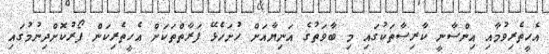
އެހީތެރިވުމާއި އިންސާނީ ކާރިސާތަކުގައި މި ބާވަތުގެ އަނިޔާއަށް ހުށަހެޅޭ ފަރާތްތަކަށް އެހީތެރިކަން ފޯރުކޮށްދިނުމުގައި